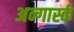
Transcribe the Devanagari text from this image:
अन्गार्स्क